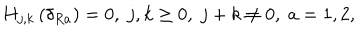
H _ { j , k } \left( \delta _ { R a } \right) = 0 , \; j , k \geq 0 , \; j + k \neq 0 , \; a = 1 , 2 ,